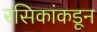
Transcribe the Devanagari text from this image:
रसिकांकडून